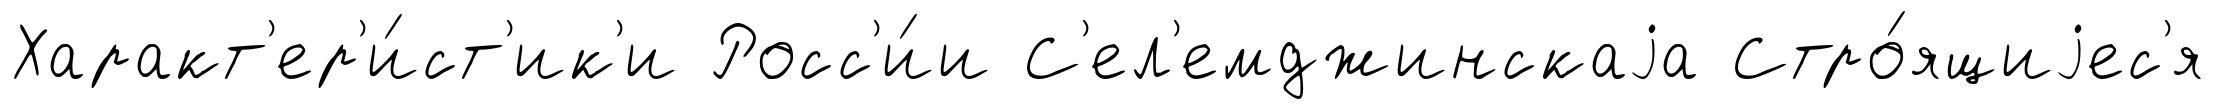
Характ'ер'и́ст'ик'и Росс'и́и С'ел'емджинскаjа Стро́ящиjес'я